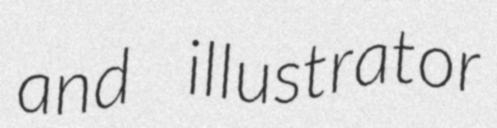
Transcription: and illustrator